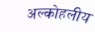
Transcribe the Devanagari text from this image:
अल्कोहलीय